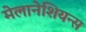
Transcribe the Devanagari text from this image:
मेलानेशियन्स